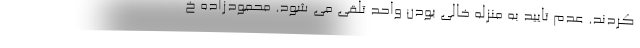
کردند. عدم تایید به منزله خالی بودن واحد تلقی می شود. محمودزاده خ